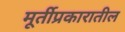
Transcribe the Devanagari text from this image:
मूर्तीप्रकारातील